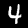
Digit: 4